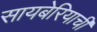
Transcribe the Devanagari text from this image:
सायबेरियाची